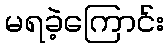
မရခဲ့ကြောင်း